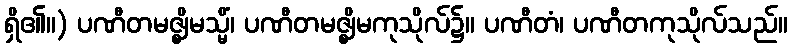
ရှိ၏။) ပဏီတမဇ္ဈိမသ္မိံ၊ ပဏီတမဇ္ဈိမကုသိုလ်၌။ ပဏီတံ၊ ပဏီတကုသိုလ်သည်။